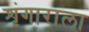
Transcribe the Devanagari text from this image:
शृंगाराला